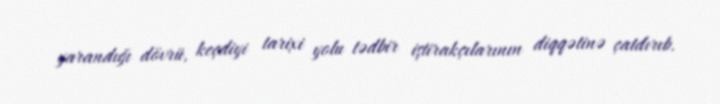
yarandığı dövrü, keçdiyi tarixi yolu tədbir iştirakçılarının diqqətinə çatdırıb.